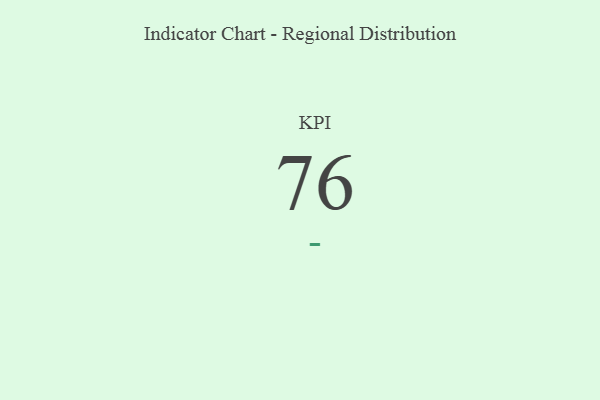
{"axis": {"x": "KPI", "y": "Value"}, "legend": [""], "data": [{"x": "KPI", "y": 76, "type": ""}]}